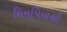
મિનપિયાસી